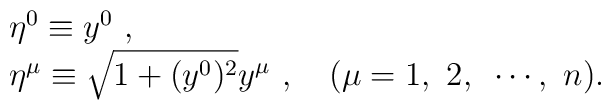
\begin{array}{l}\eta^0\equiv y^0~,\\\eta^\mu\equiv\sqrt{1+(y^0)^2}y^\mu~,~~~(\mu=1,~2,~\cdots,~n).\end{array}